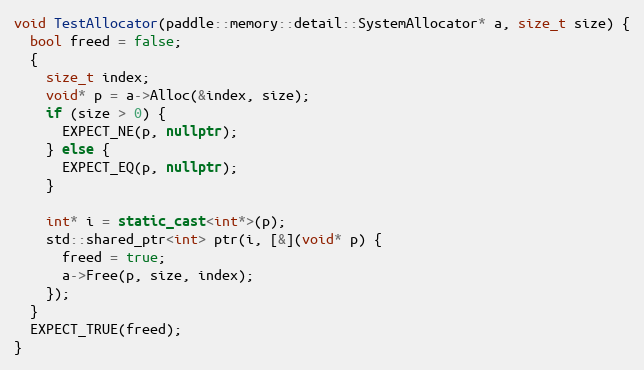
Language: C++
void TestAllocator(paddle::memory::detail::SystemAllocator* a, size_t size) {
  bool freed = false;
  {
    size_t index;
    void* p = a->Alloc(&index, size);
    if (size > 0) {
      EXPECT_NE(p, nullptr);
    } else {
      EXPECT_EQ(p, nullptr);
    }

    int* i = static_cast<int*>(p);
    std::shared_ptr<int> ptr(i, [&](void* p) {
      freed = true;
      a->Free(p, size, index);
    });
  }
  EXPECT_TRUE(freed);
}